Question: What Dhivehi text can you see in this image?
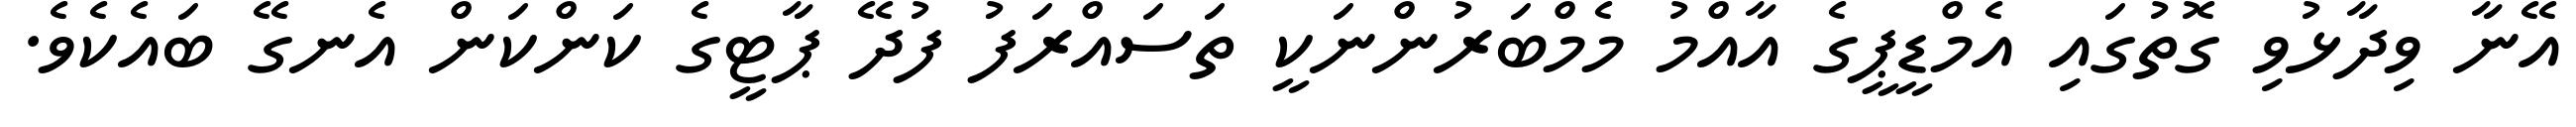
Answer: އޭނާ ވިދާޅުވި ގޮތުގައި އެމްޑީޕީގެ އާއްމު މެމްބަރުންނަކީ ތަސައްރަފު ފުދޭ ޕާޓީގެ ކަންކަން އެނގޭ ބައެކެވެ.